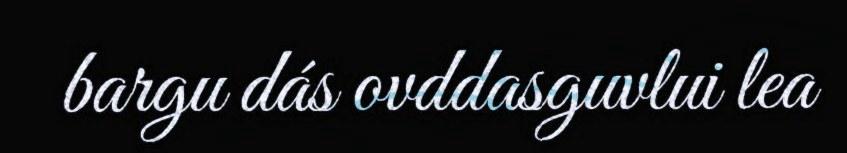
bargu dás ovddasguvlui lea